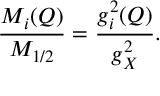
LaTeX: \frac { M _ { i } ( Q ) } { M _ { 1 / 2 } } = \frac { g _ { i } ^ { 2 } ( Q ) } { g _ { X } ^ { 2 } } .